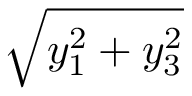
\sqrt { y _ { 1 } ^ { 2 } + y _ { 3 } ^ { 2 } }